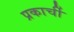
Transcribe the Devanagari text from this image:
प्रकार्ची